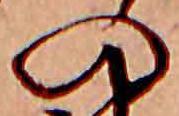
の